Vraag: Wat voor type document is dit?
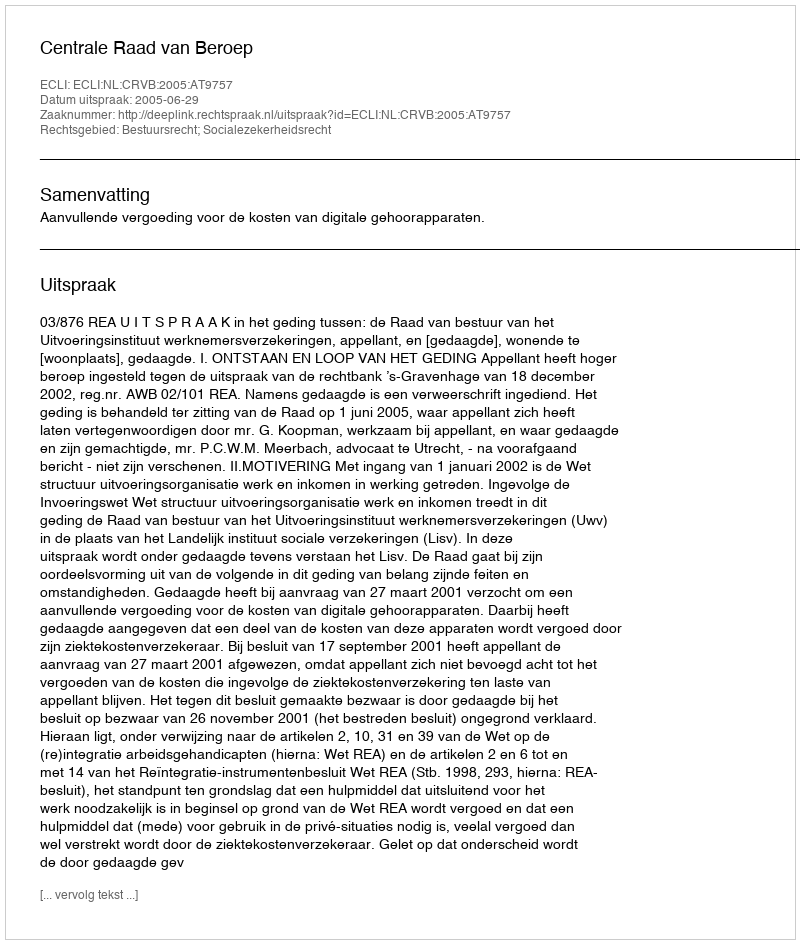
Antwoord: Uitspraak